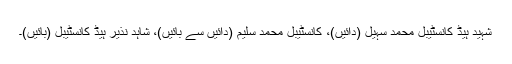
شہید ہیڈ کانسٹیبل محمد سہیل (دائیں)، کانسٹیبل محمد سلیم (دائیں سے بائیں)، شاہد نذیر ہیڈ کانسٹیبل (بائیں)۔